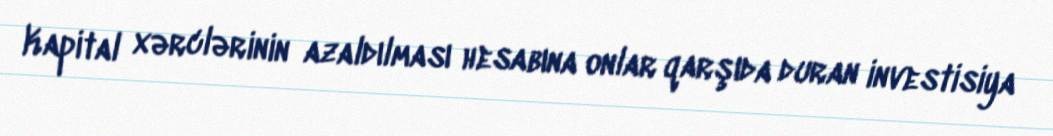
Kapital xərclərinin azaldılması hesabına onlar qarşıda duran investisiya